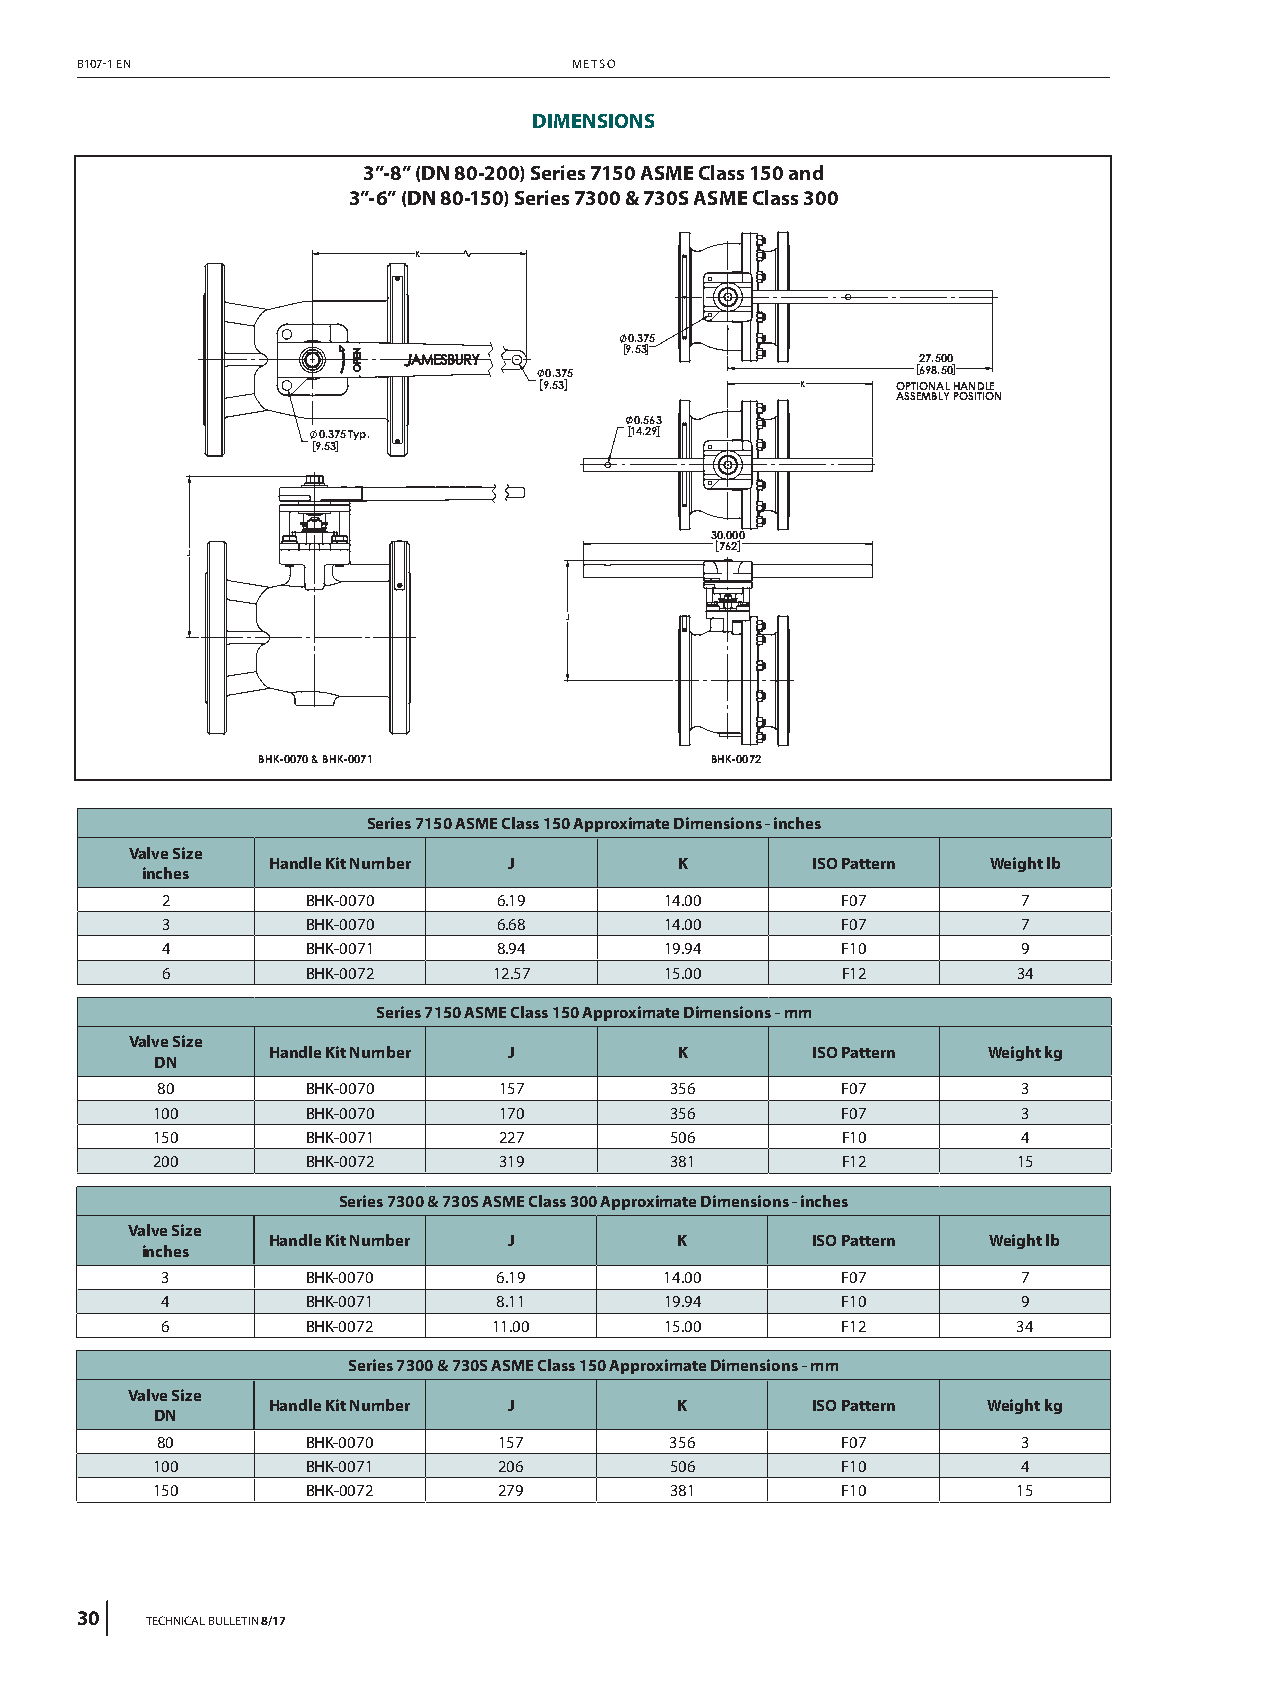
B107-1 EN                        METSO
 DIMENSIONS
 3”-8” (DN 80-200) Series 7150 ASME Class 150 and
 3”-6” (DN 80-150) Series 7300 & 730S ASME Class 300
 K
 0.375
 9.53
 27.500
 0.375                    698.50
 9.53             K     OPTIONAL HANDLE
 ASSEMBLY POSITION
 0.563
 0.375 Typ.           14.29
 9.53
 30.000
 762
 J
 J
 BHK-0070 & BHK-0071           BHK-0072
 Series 7150 ASME Class 150 Approximate Dimensions - inches
 Valve Size
 Handle Kit Number J        K        ISO Pattern Weight lb
 inches
 2        BHK-0070     6.19       14.00       F07         7
 3        BHK-0070     6.68       14.00       F07         7
 4        BHK-0071     8.94       19.94       F10         9
 6        BHK-0072     12.57      15.00       F12        34
 Series 7150 ASME Class 150 Approximate Dimensions - mm
 Valve Size
 Handle Kit Number J        K        ISO Pattern Weight kg
 DN
 80        BHK-0070     157        356         F07         3
 100       BHK-0070     170        356         F07         3
 150       BHK-0071     227        506         F10         4
 200       BHK-0072     319        381         F12        15
 Series 7300 & 730S ASME Class 300 Approximate Dimensions - inches
 Valve Size
 Handle Kit Number J        K        ISO Pattern Weight lb
 inches
 3        BHK-0070     6.19       14.00       F07         7
 4        BHK-0071     8.11       19.94       F10         9
 6        BHK-0072     11.00      15.00       F12        34
 Series 7300 & 730S ASME Class 150 Approximate Dimensions - mm
 Valve Size
 Handle Kit Number J        K        ISO Pattern Weight kg
 DN
 80        BHK-0070     157        356         F07         3
 100       BHK-0071     206        506         F10         4
 150       BHK-0072     279        381         F10        15
 30   TECHNICAL BULLETIN 8/17